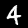
Digit: 4